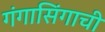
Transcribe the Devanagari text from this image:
गंगासिंगाची